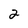
Character: 2